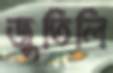
জুতিলি